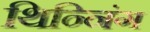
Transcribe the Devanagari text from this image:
थिन्निंग